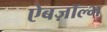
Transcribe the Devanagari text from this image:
ऐबज़ॉल्भ